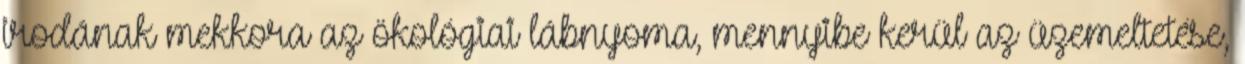
irodának mekkora az ökológiai lábnyoma, mennyibe kerül az üzemeltetése,